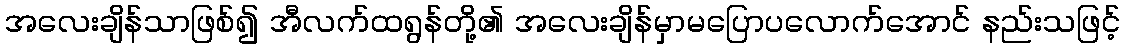
အလေးချိန်သာဖြစ်၍ အီလက်ထရွန်တို့၏ အလေးချိန်မှာမပြောပလောက်အောင် နည်းသဖြင့်